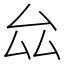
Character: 厽